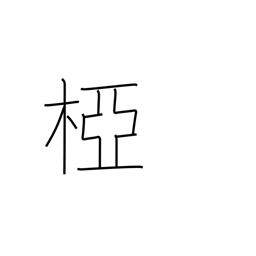
Meaning: crotch of a tree